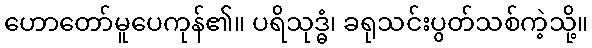
ဟောတော်မူပေကုန်၏။ ပရိသုဒ္ဓံ၊ ခရုသင်းပွတ်သစ်ကဲ့သို့။